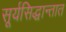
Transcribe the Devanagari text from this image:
सूर्यसिद्धान्तात